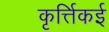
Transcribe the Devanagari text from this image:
कृर्त्तिकई